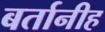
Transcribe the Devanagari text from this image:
बर्तानीह